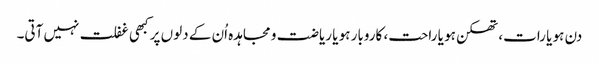
دن ہو یا رات، تھکن ہو یا راحت، کاروبار ہو یا ریاضت و مجاہدہ اُن کے دلوں پر کبھی غفلت نہیں آتی۔